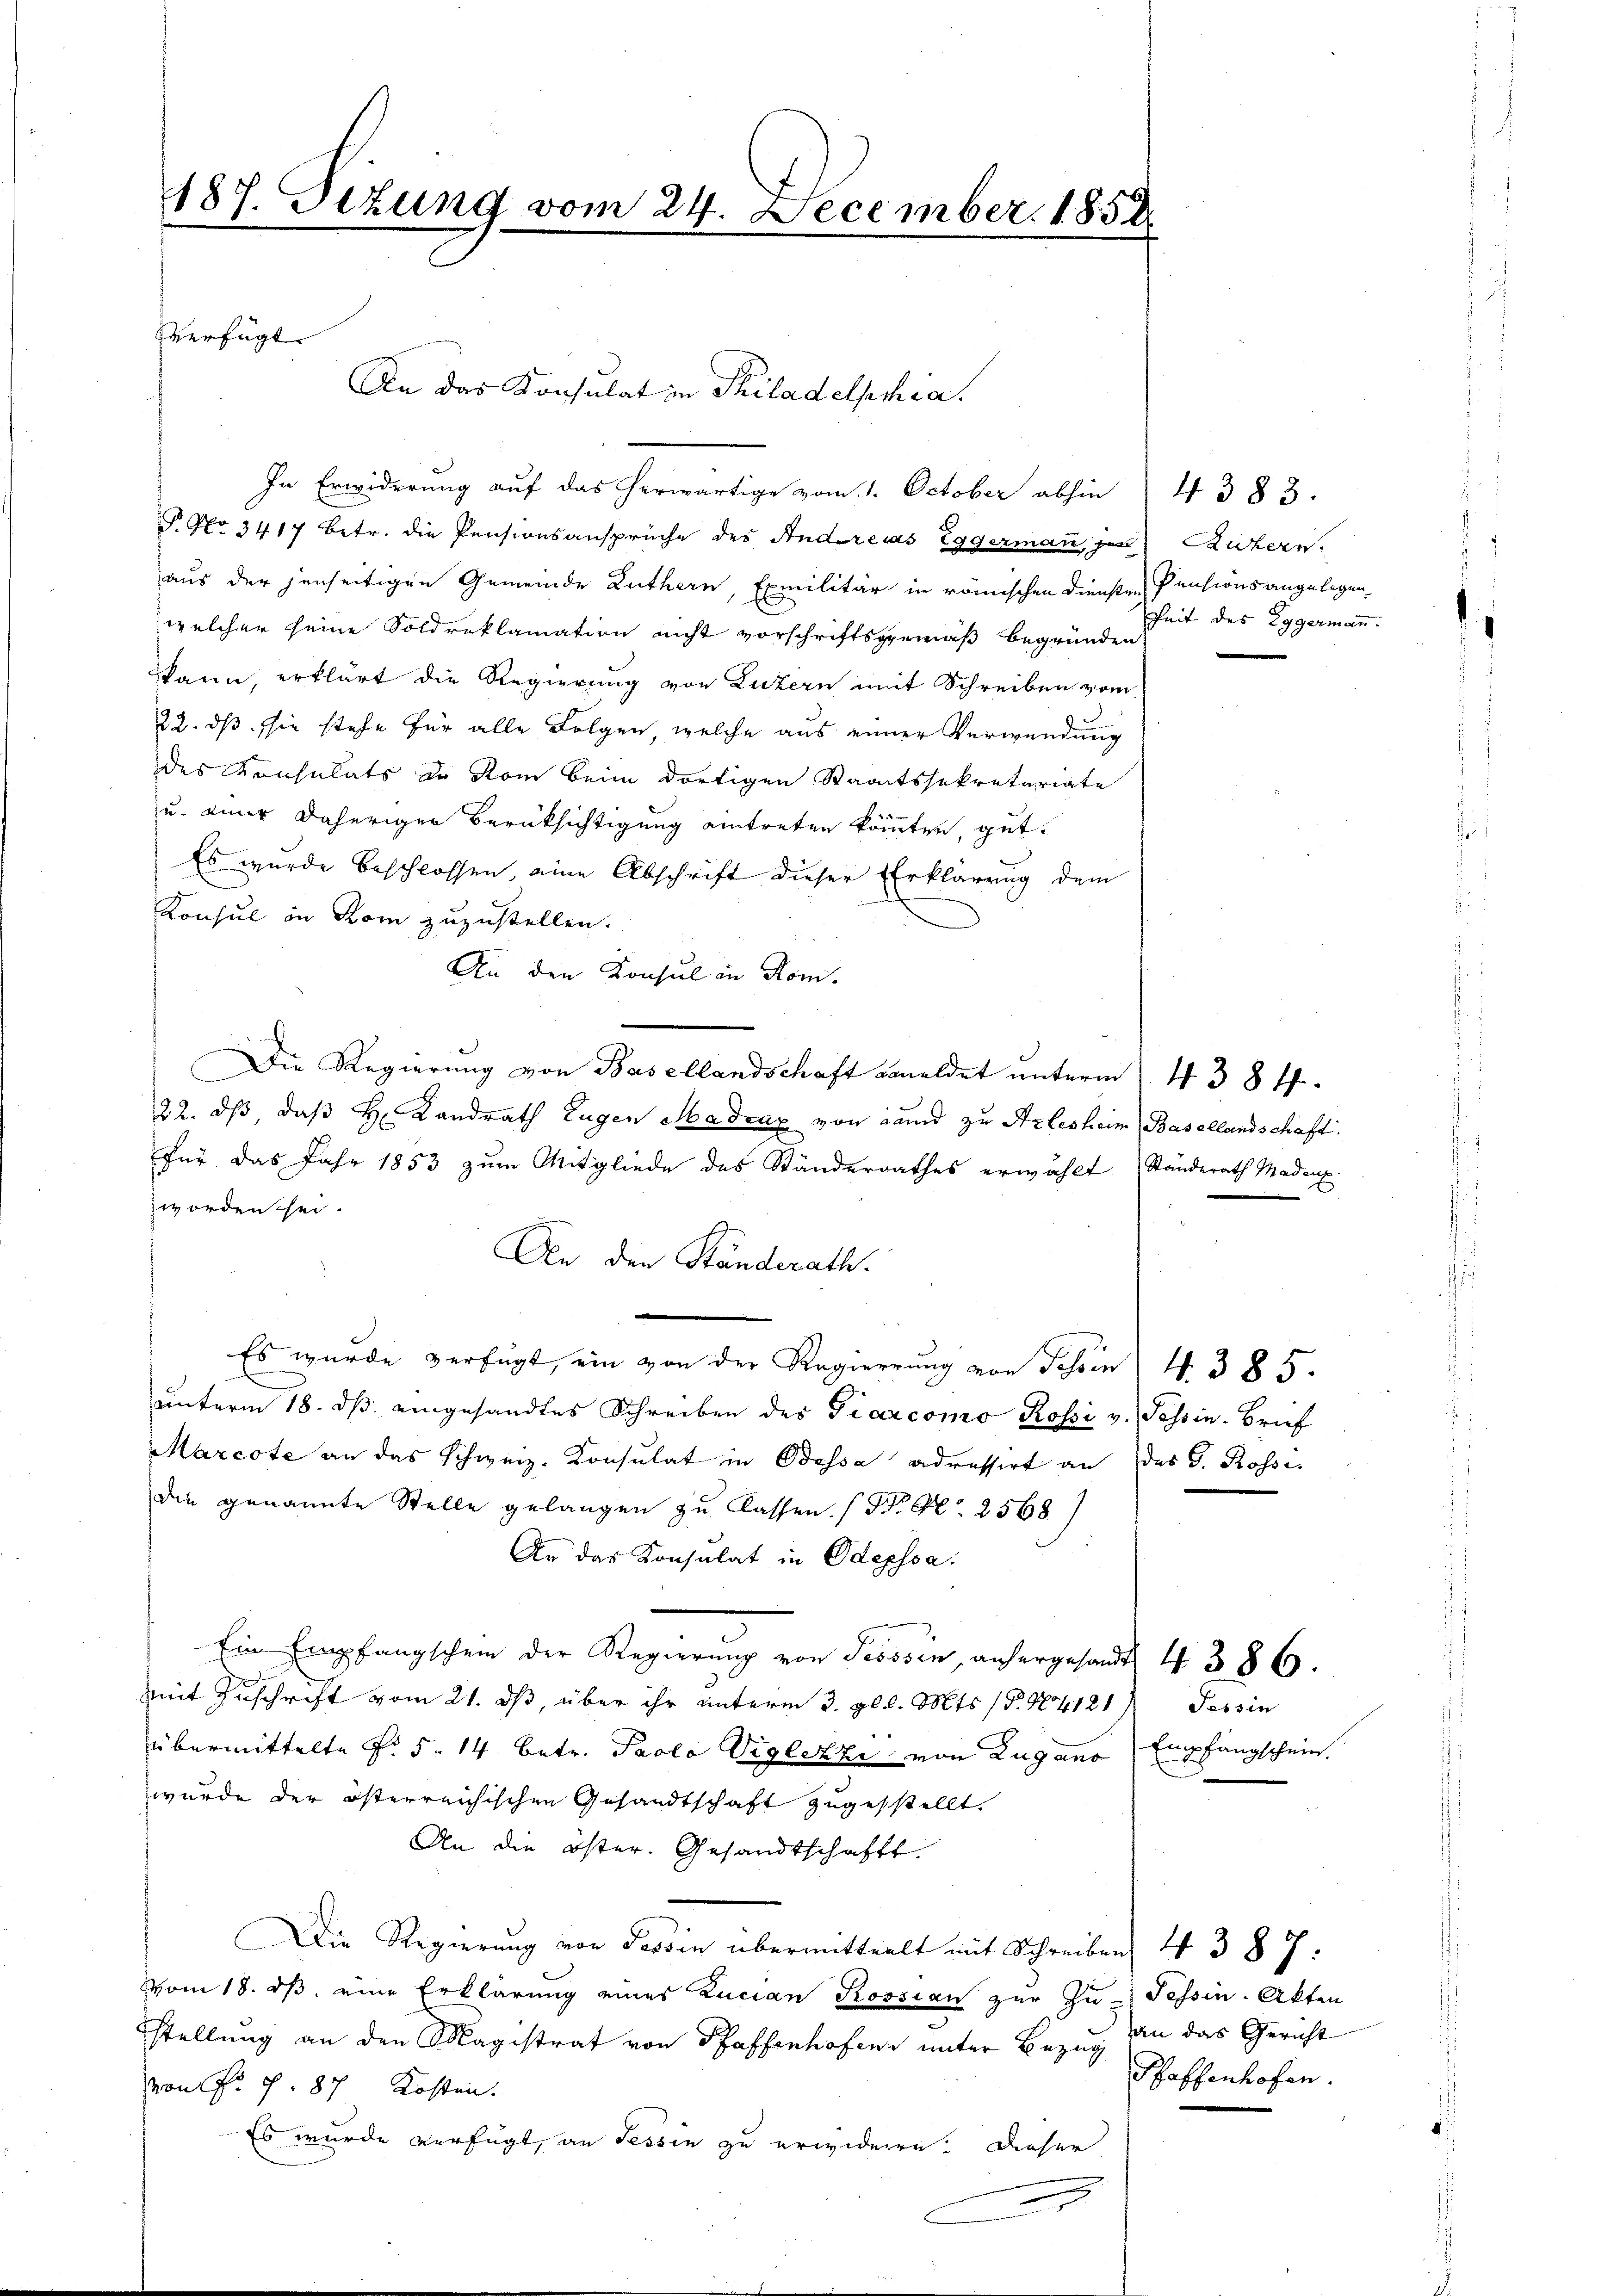
187. Situng vom 24. December 1852

An das Konsulat in Philadelphia.

verfügt

In Erwiderung auf das herwärtige vom 1. October abhin
P. No 3417 betr. die Pensionsansprüche des Andreas Eggermann, den Ruherr
aus der jenseitigen Gemeinde Luthern, Exmilitär in römischen Diensten
welcher seine Soldreklamation nicht vorschriftsgemäß begründen
kann, erklärt die Regierung von Luzern mit Schreiben vom
22. ds sie stehe für alle Folgen, welche aus einer Verwendung
des Konsulats de Rom beim dortigen Staatssekretariate
u. einer daheriger Berüksichtigung eintreten könnten, gut.
Es wurde beschlossen, eine Abschrift dieser Erklärung dem
Konsul in Rom zuzustellen.
An den Konsul in Kom-
Die Regierung von Basellandschaft Kameldet unterm 1. 4384.
22. dß daß H. Landrath Eugen Madenz von Land zu Arlesheim (Basellandschaft.
für das Jahr 1853 zum Mitgliede des Ständerrathes erwählt Standerath Madenz.
worden sei.
An den Ständerath.
Es wurde verfügt, ein von der Regierung von Schon 4. 385.
ŭnterm 18. dβ eingesandtes Schreiben des Tiercomo Rossi v. Tessin. Brief
Marcote an das Schweiz. Konsulat in Odessa adressirt an des G. Rossidie genannte Stelle gelangen zu Classen. (N. N. 2568)
An das Konsulat in Odepssa.
Ein Empfangschein der Regierung von Jesssin, anhergesandt, 4 386.
mit Zuschrift vom 21. ds, über ihr unterm 3. gl. Mts. (§. 14121) Tessin
übermittelte §. 5. 14. betr. Paolo Viglezzi von Lugano
wurde der österreichischen Gesandtschaft zugestellt.
An die öster. Gesandtschaft.
Die Regierung von Passin übermitteilt mit Schreiben 4 3 87:
Vom 18. ds. eine Erklärung eines Lucian Rossian zur Zu- Tessin. Akten
stellung an den Magistrat von Pfaffenhofen unter Bezug an das Gericht
von fr. f. 87 Kosten.
Es wurde verfügt, an Tessin zu erwiderre. Dieser

4383.
Pensionsangelegen
heit des Eggermann.

Empfangschein.

Haffenhofen.